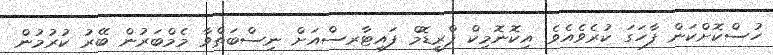
ހުސްކޮށްކަން ފާހަގަ ކުރެވެއެވެ. އިކޮނޮމިކް ފްރީޑޮމް ފައިޓާރސްއަށް ނިސްބަތްވާ މެމްބަރުން ބޭރު ކުރުމުން